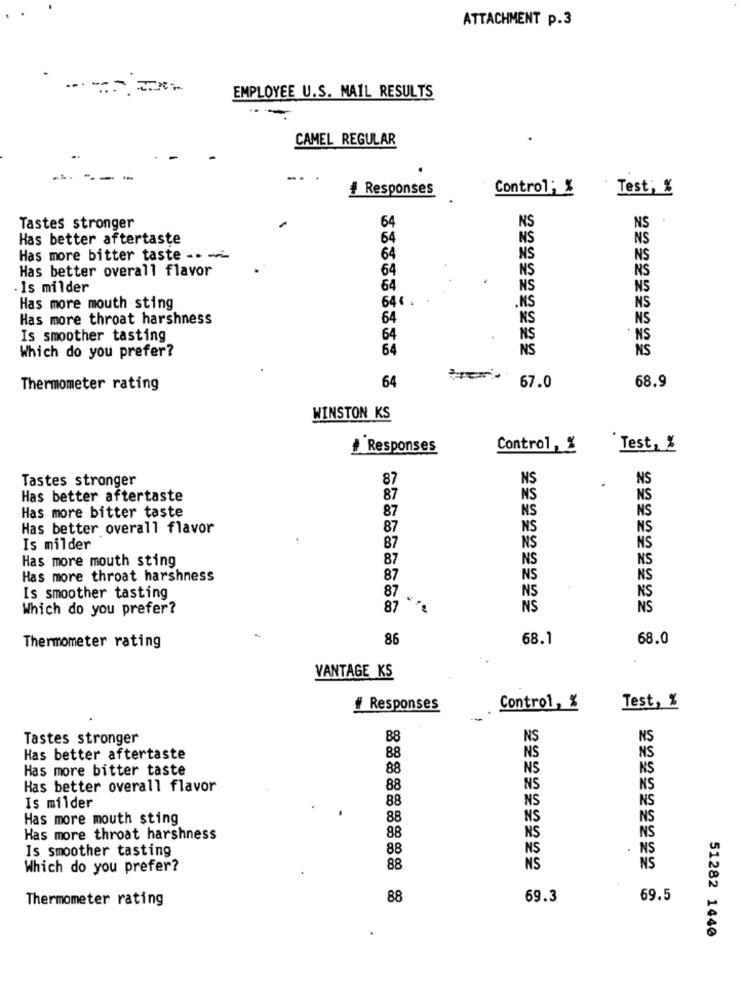
ATTACHMENT p.3
EMPLOYEE U.S. MAIL RESULTS
---
CAMEL REGULAR
--
# Responses
Control; %
Test; %
NS
Tastes stronger
64
NS
Has better aftertaste
64
NS
NS
Has more bitter taste -. -
64
NS
NS
Has better overall flavor
64
NS
NS
Is milder
64
NS
NS
646 .
NS
Has more mouth sting
NS
Has more throat harshness
64
NS
NS
Is smoother tasting
64
NS
· NS
Which do you prefer?
64
NS
NS
Thermometer rating
64
67.0
68.9
WINSTON KS
Responses
Control, %
Test, %
Tastes stronger
87
NS
NS
.
Has better aftertaste
87
NS
NS
Has more bitter taste
87
NS
NS
Has better overall flavor
87
NS
NS
Is milder
87
NS
NS
Has more mouth sting
87
NS
NS
Has more throat harshness
87
NS
NS
NS
Is smoother tasting
87
NS
Which do you prefer?
87
NS
NS
86
68.1
68.0
Thermometer rating
VANTAGE KS
# Responses
Control, %
Test, %
Tastes stronger
88
NS
NS
NS
Has better aftertaste
88
NS
Has more bitter taste
88
NS
NS
Has better overall flavor
88
NS
NS
88
NS
NS
Is milder
Has more mouth sting
88
NS
NS
Has more throat harshness
88
NS
NS
Is smoother tasting
88
NS
NS
Which do you prefer?
88
NS
NS
Thermometer rating
88
69.3
69.5
.
51282 1440